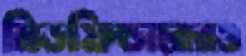
মিডফিল্ডারেরও